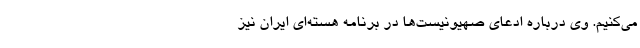
می‌‌کنیم. وی درباره ادعای صهیونیست‌ها در برنامه هسته‌ای ایران نیز